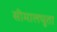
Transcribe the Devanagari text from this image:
सीमालघुता